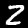
Label: 2